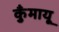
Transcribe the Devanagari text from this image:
कुँमायू